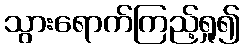
သွားရောက်ကြည့်ရှု၍